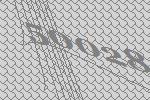
50028